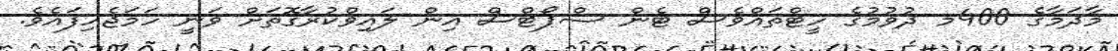
މާދަމާގެ 400މ ދުވުމުގެ ހީޓްތައްވެސް ޓެން ސްޕޯޓްސް އިން ލައިވްކުރާގޮތަށް ވަނީ ހަމަޖެހިފައެވެ.